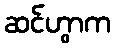
ဆင်ဟွာက